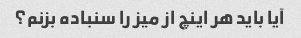
آیا باید هر اینچ از میز را سنباده بزنم؟